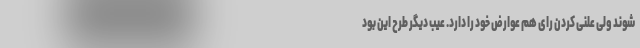
شوند ولی علنی کردن رای هم عوارض خود را دارد. عیب دیگر طرح این بود